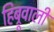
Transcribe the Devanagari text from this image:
हिब्रूवाली